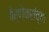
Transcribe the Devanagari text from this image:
वेर्णेकरांच्या